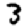
Digit: 3